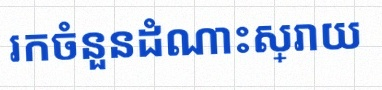
រកចំនួនដំណោះស្រាយ